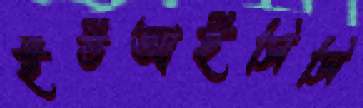
ইউআইসিসি